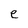
Character: e